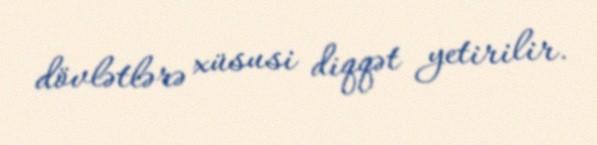
dövlətlərə xüsusi diqqət yetirilir.